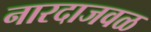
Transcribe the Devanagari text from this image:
नारदाजवळ